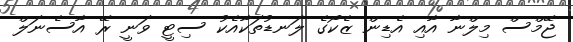
ޖޭމްސް މިލްނާ އާއި އެޑިން ޒެކޯގެ ލަނޑުތަކާއެކު ސިޓީ ވަނީ ރޭ އާސެނަލް